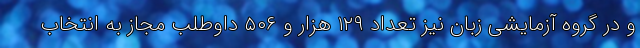
و در گروه آزمایشی زبان نیز تعداد ۱۲۹ هزار و ۵۰۶ داوطلب مجاز به انتخاب